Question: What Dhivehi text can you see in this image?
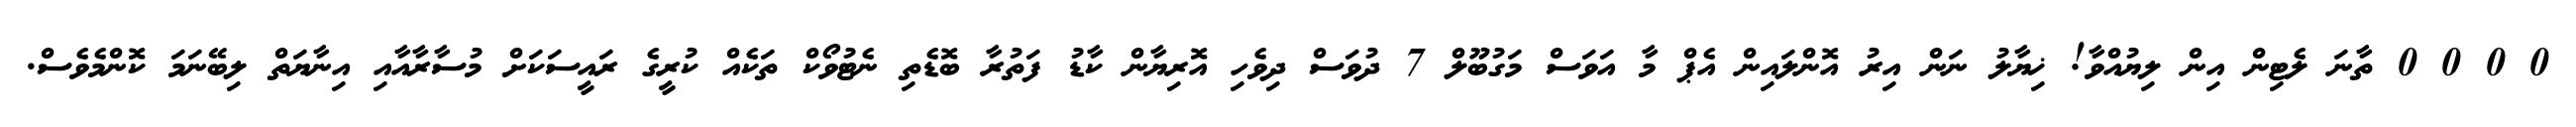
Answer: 0 0 0 0 ތާނަ ލެޓިން އިން ލިޔުއްވާ! ޚިޔާލު ނަން އިރު އޮންލައިން އެޕް މާ އަވަސް މަގުބޫލް 7 ދުވަސް ދިވެހި އޮރިޔާން ކާޑު ފަތުރާ ބޮޑެތި ނެޓުވޯކް ތަކެއް ކުރީގެ ރައީސަކަށް މުސާރާއާއި އިނާޔަތް ލިބޭނަމަ ކޮންމެވެސް.